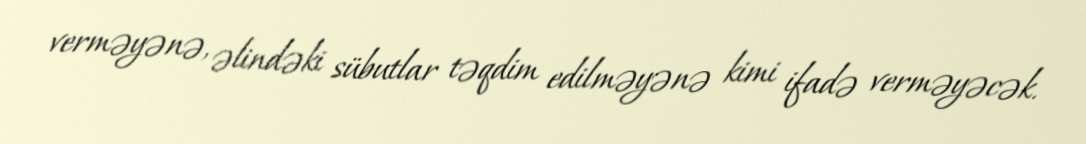
verməyənə, əlindəki sübutlar təqdim edilməyənə kimi ifadə verməyəcək.